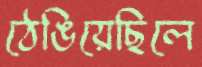
ঠেঙিয়েছিলে